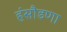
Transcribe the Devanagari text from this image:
हंसौडणा